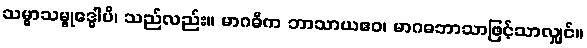
သမ္မာသမ္ဗုဒ္ဓေါပိ၊ သည်လည်း။ မာဂဓိက ဘာသာယဧဝ၊ မာဂဓဘာသာဖြင့်သာလျှင်။